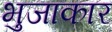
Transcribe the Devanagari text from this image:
भुजाकार